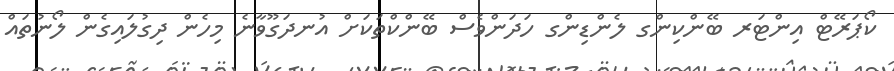
ކޯޕަރޭޓް އިންޓަރ ބޭންކިންގ ލެންޑިންގ ހަދަންވެސް ބޭންކްތަކަށް އުނދަގޫވާނެ މިހެން ދިގުލައިގެން ލޯނުތައް